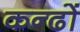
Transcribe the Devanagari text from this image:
कन्ढों